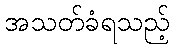
အသတ်ခံရသည့်